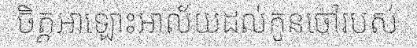
ចិត្តអាឡោះអាល័យដល់កូនចៅរបស់